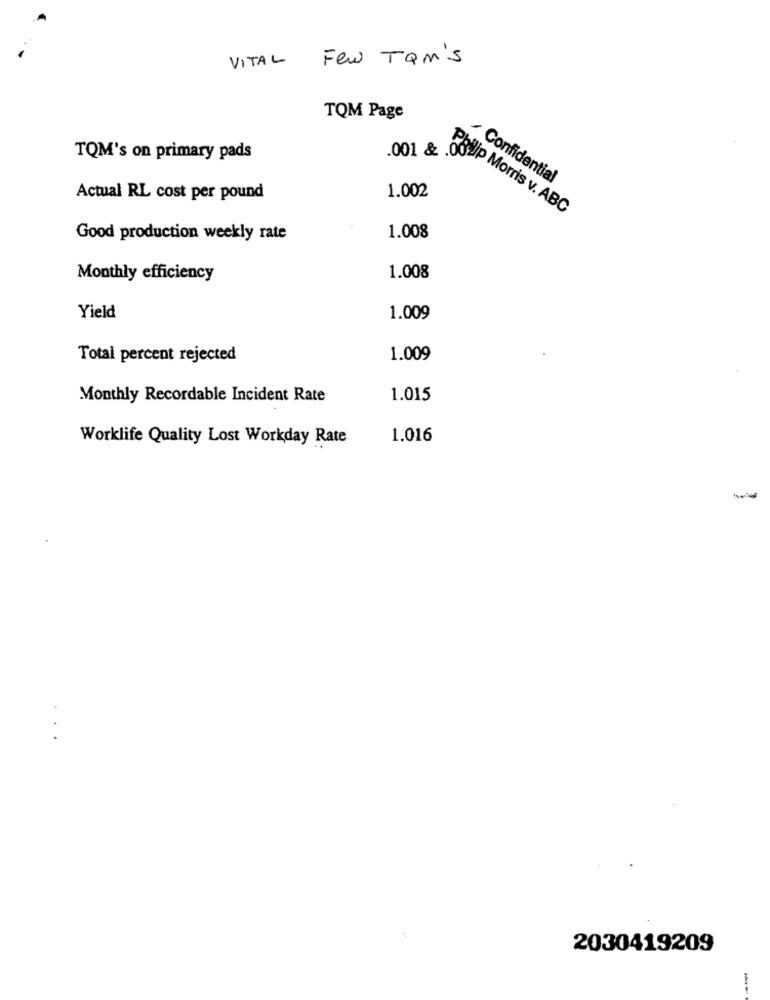
VITAL Few TQM'S
TQM Page
.001 &
TQM's on primary pads
/ Confidential
1.002
Actual RL cost per pound
Philip Morris v. ABC
1.008
Good production weekly rate
Monthly efficiency
1.008
Yield
1.009
Total percent rejected
1.009
Monthly Recordable Incident Rate
1.015
Worklife Quality Lost Workday Rate
1.016
..
2030419209
---